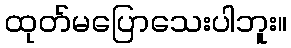
ထုတ်မပြောသေးပါဘူး။